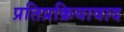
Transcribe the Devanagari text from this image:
प्रतिप्रक्रियावाद